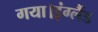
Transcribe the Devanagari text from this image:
गया।इंग्लैंड